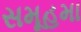
સમૂહમા